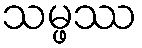
သမ္ဖဿ